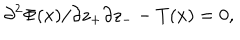
{ { \partial ^ { 2 } \Phi ( x ) } / { \partial z _ { + } \partial z _ { - } } } - T ( x ) = 0 ,